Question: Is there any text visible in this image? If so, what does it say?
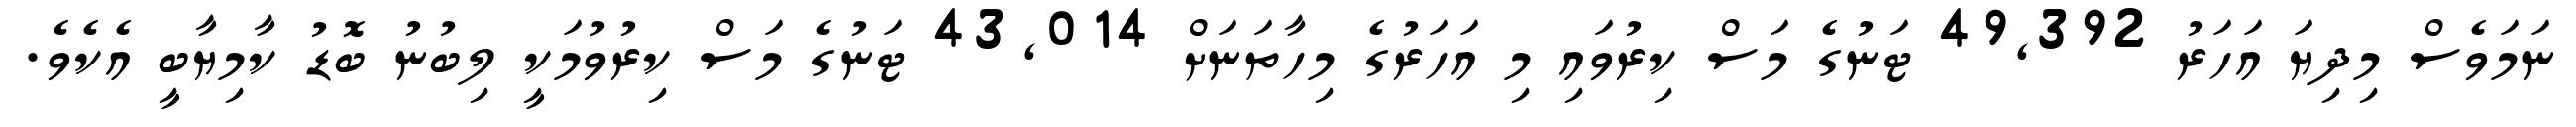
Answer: ނަމަވެސް މިދިޔަ އަހަރު 49,392 ޓަނުގެ މަސް ކިރުވައި މި އަހަރުގެ މިހާތަނަށް 43,014 ޓަނުގެ މަސް ކިރުވުމަކީ ލިބުނު ބޮޑު ކާމިޔާބީ އެކެވެ.